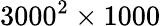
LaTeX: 3000^{2}\times 1000